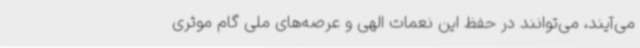
می‌آیند، می‌توانند در حفظ این نعمات الهی و عرصه‌های ملی گام موثری